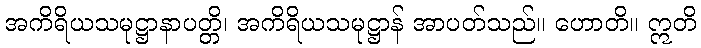
အကိရိယသမုဋ္ဌာနာပတ္တိ၊ အကိရိယသမုဋ္ဌာန် အာပတ်သည်။ ဟောတိ။ ဣတိ